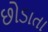
છોડાતા